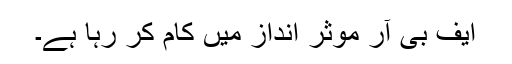
ایف بی آر موثر انداز میں کام کر رہا ہے۔